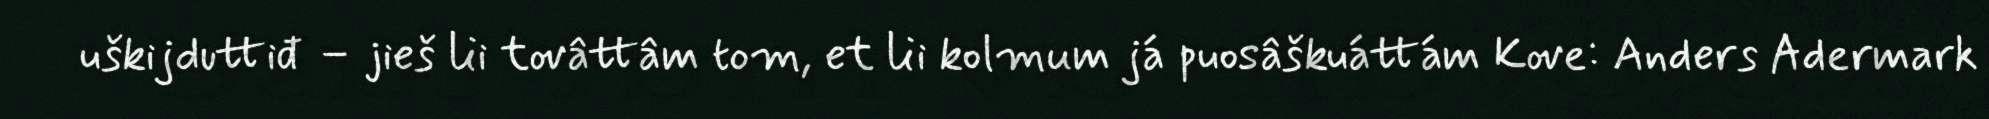
uškijduttiđ – jieš lii tovâttâm tom, et lii kolmum já puosâškuáttám Kove: Anders Adermark